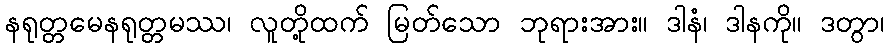
နရုတ္တမေနရုတ္တမဿ၊ လူတို့ထက် မြတ်သော ဘုရားအား။ ဒါနံ၊ ဒါနကို။ ဒတွာ၊